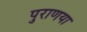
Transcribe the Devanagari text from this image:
पुराणया